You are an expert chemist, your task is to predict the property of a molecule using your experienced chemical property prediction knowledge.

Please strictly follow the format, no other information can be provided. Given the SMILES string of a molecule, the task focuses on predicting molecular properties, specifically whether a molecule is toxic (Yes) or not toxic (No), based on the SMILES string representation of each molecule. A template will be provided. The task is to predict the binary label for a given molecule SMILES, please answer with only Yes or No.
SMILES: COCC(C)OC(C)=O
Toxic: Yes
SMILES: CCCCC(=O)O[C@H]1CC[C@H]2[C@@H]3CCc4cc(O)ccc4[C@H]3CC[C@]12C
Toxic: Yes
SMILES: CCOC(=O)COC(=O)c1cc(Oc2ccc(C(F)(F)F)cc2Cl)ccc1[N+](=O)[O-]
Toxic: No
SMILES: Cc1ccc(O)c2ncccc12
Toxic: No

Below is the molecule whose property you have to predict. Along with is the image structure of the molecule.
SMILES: O=C1OC[C@H](Cc2cccc(O)c2)[C@H]1Cc1cccc(O)c1
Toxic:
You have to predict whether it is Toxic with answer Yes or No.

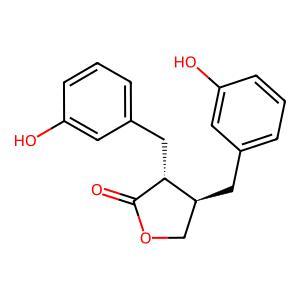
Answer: No